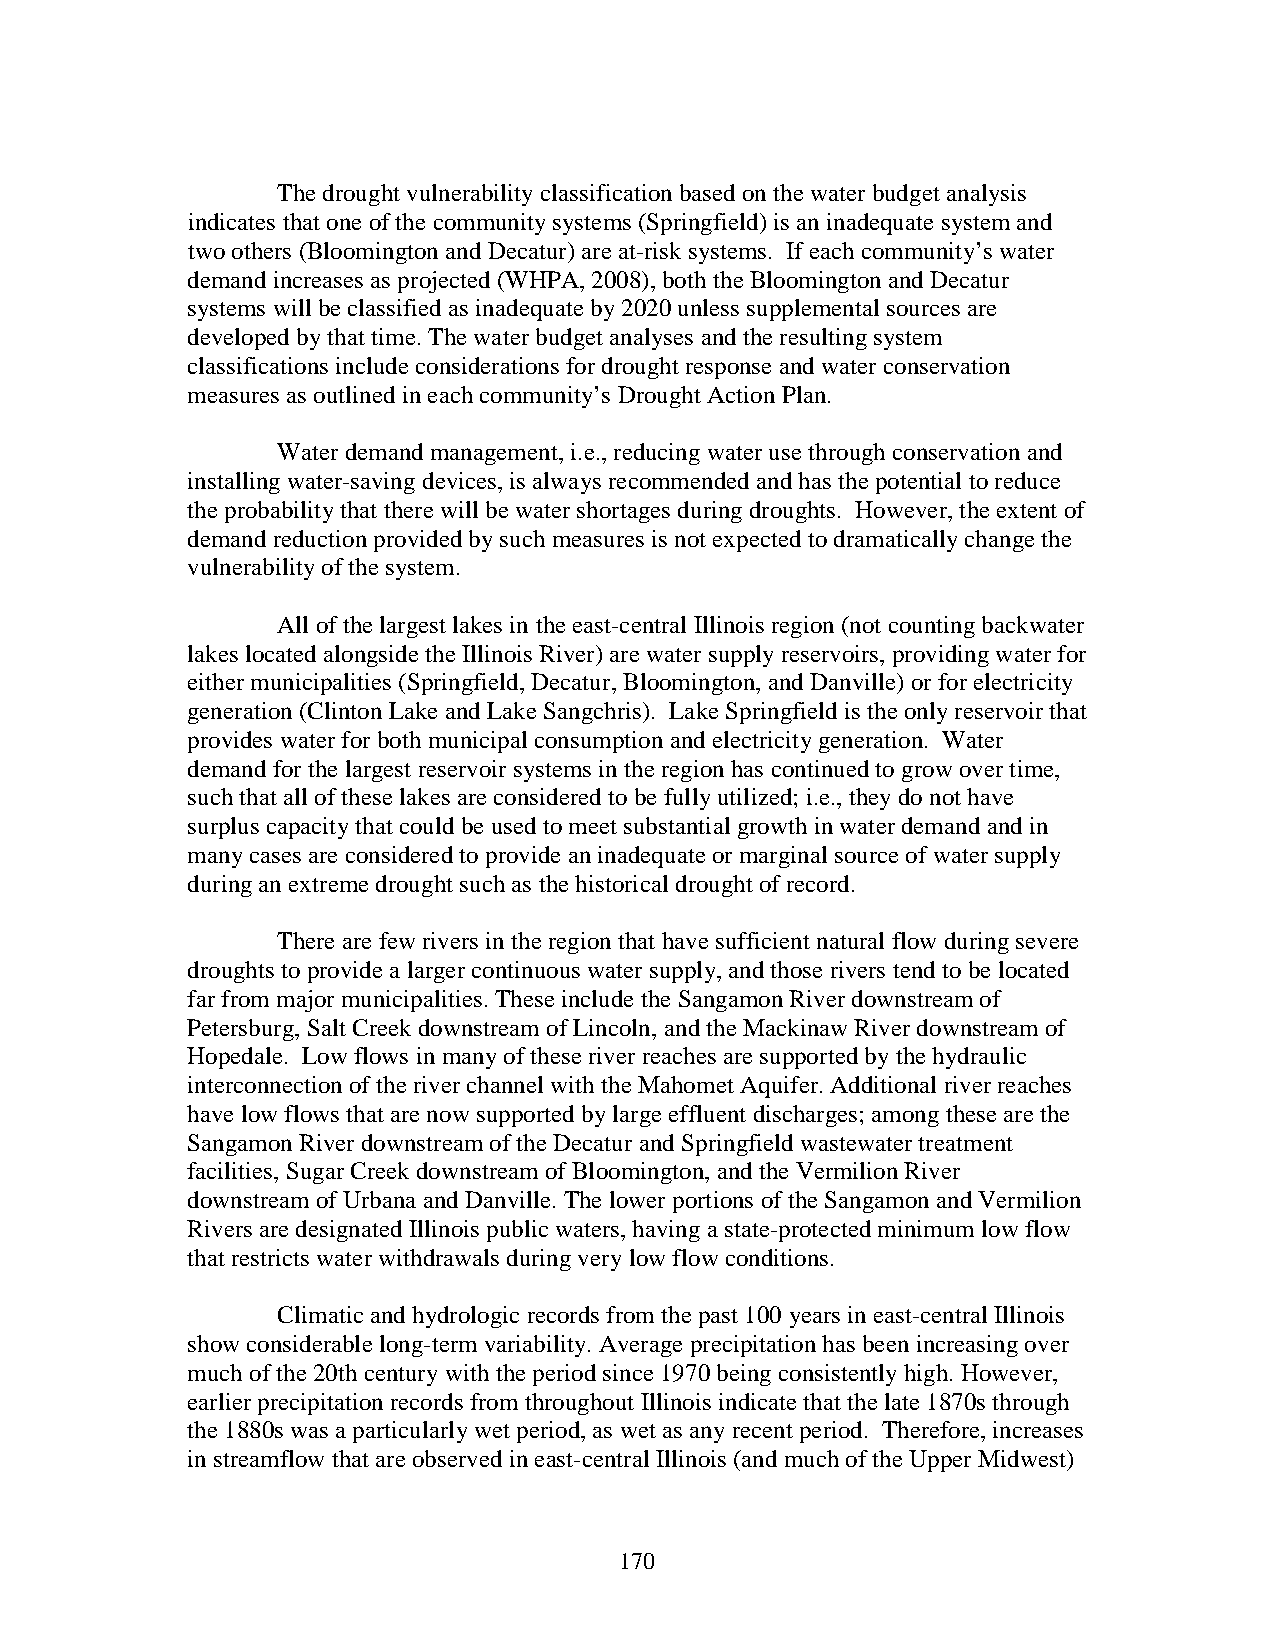
The drought vulnerability classification based on the water budget analysis
 indicates that one of the community systems (Springfield) is an inadequate system and
 two others (Bloomington and Decatur) are at-risk systems. If each community’s water
 demand increases as projected (WHPA, 2008), both the Bloomington and Decatur
 systems will be classified as inadequate by 2020 unless supplemental sources are
 developed by that time. The water budget analyses and the resulting system
 classifications include considerations for drought response and water conservation
 measures as outlined in each community’s Drought Action Plan.
 Water demand management, i.e., reducing water use through conservation and
 installing water-saving devices, is always recommended and has the potential to reduce
 the probability that there will be water shortages during droughts. However, the extent of
 demand reduction provided by such measures is not expected to dramatically change the
 vulnerability of the system.
 All of the largest lakes in the east-central Illinois region (not counting backwater
 lakes located alongside the Illinois River) are water supply reservoirs, providing water for
 either municipalities (Springfield, Decatur, Bloomington, and Danville) or for electricity
 generation (Clinton Lake and Lake Sangchris). Lake Springfield is the only reservoir that
 provides water for both municipal consumption and electricity generation. Water
 demand for the largest reservoir systems in the region has continued to grow over time,
 such that all of these lakes are considered to be fully utilized; i.e., they do not have
 surplus capacity that could be used to meet substantial growth in water demand and in
 many cases are considered to provide an inadequate or marginal source of water supply
 during an extreme drought such as the historical drought of record.
 There are few rivers in the region that have sufficient natural flow during severe
 droughts to provide a larger continuous water supply, and those rivers tend to be located
 far from major municipalities. These include the Sangamon River downstream of
 Petersburg, Salt Creek downstream of Lincoln, and the Mackinaw River downstream of
 Hopedale. Low flows in many of these river reaches are supported by the hydraulic
 interconnection of the river channel with the Mahomet Aquifer. Additional river reaches
 have low flows that are now supported by large effluent discharges; among these are the
 Sangamon River downstream of the Decatur and Springfield wastewater treatment
 facilities, Sugar Creek downstream of Bloomington, and the Vermilion River
 downstream of Urbana and Danville. The lower portions of the Sangamon and Vermilion
 Rivers are designated Illinois public waters, having a state-protected minimum low flow
 that restricts water withdrawals during very low flow conditions.
 Climatic and hydrologic records from the past 100 years in east-central Illinois
 show considerable long-term variability. Average precipitation has been increasing over
 much of the 20th century with the period since 1970 being consistently high. However,
 earlier precipitation records from throughout Illinois indicate that the late 1870s through
 the 1880s was a particularly wet period, as wet as any recent period. Therefore, increases
 in streamflow that are observed in east-central Illinois (and much of the Upper Midwest)
 170